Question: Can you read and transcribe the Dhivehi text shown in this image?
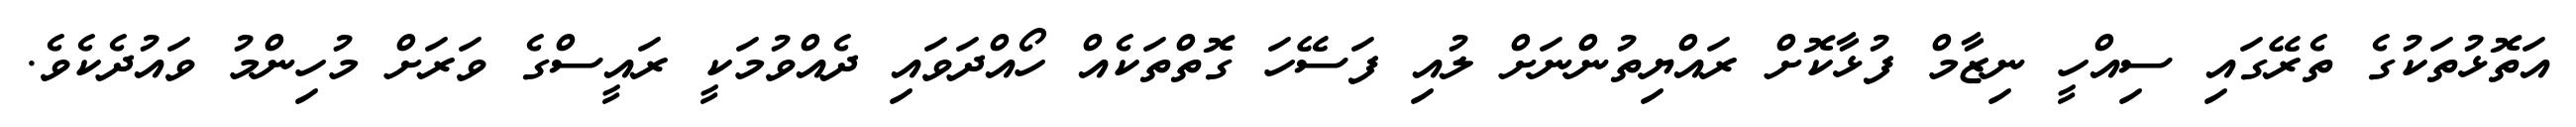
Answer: އަތޮޅުތަކުގެ ތެރޭގައި ސިއްހީ ނިޒާމް ފުޅާކޮށް ރައްޔިތުންނަށް ލުއި ފަސޭހަ ގޮތްތަކެއް ހޯއްދަވައި ދެއްވުމަކީ ރައީސްގެ ވަރަށް މުހިންމު ވައުދެކެވެ.